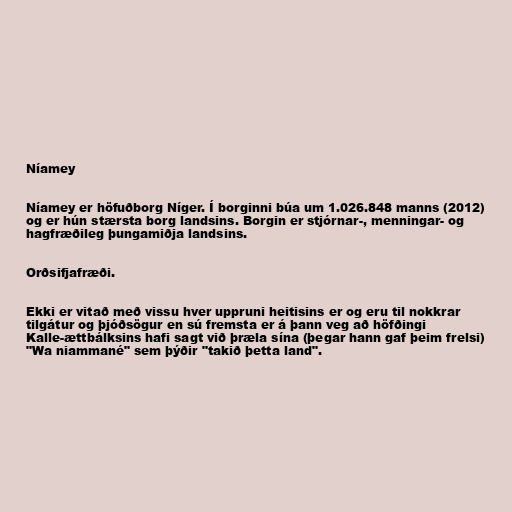
Níamey

Níamey er höfuðborg Níger. Í borginni búa um 1.026.848 manns (2012)
og er hún stærsta borg landsins. Borgin er stjórnar-, menningar- og
hagfræðileg þungamiðja landsins.

Orðsifjafræði.

Ekki er vitað með vissu hver uppruni heitisins er og eru til nokkrar
tilgátur og þjóðsögur en sú fremsta er á þann veg að höfðingi
Kalle-ættbálksins hafi sagt við þræla sína (þegar hann gaf þeim frelsi)
"Wa niammané" sem þýðir "takið þetta land".